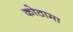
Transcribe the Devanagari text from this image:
कोठामा